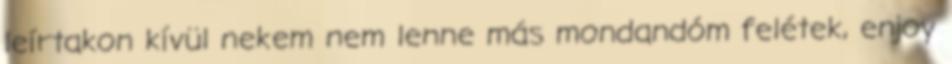
leírtakon kívül nekem nem lenne más mondandóm felétek, enjoy